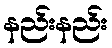
နည်းနည်း